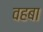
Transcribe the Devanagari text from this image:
वहबा